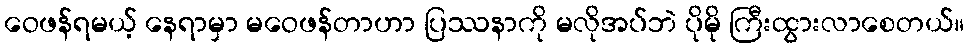
ဝေဖန်ရမယ့် နေရာမှာ မဝေဖန်တာဟာ ပြဿနာကို မလိုအပ်ဘဲ ပိုမို ကြီးထွားလာစေတယ်။